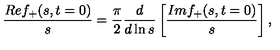
{ \frac { R e f _ { + } ( s , t = 0 ) } { s } } = \frac { \pi } { 2 } \frac { d } { d \ln s } \left[ { \frac { I m f _ { + } ( s , t = 0 ) } { s } } \right] ,